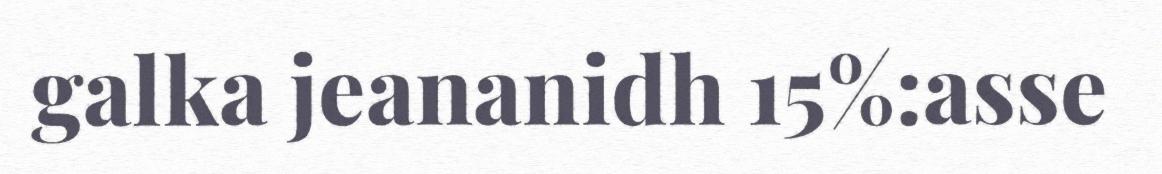
galka jeananidh 15%:asse